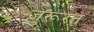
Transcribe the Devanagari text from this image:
ज़ुरूरत